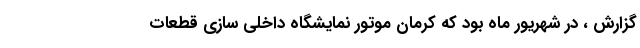
گزارش ، در شهریور ماه بود که کرمان موتور نمایشگاه داخلی سازی قطعات